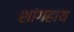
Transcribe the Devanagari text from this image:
शांगहाय